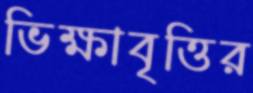
ভিক্ষাবৃত্তির